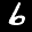
Digit: 6